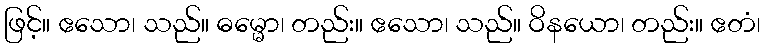
ဖြင့်။ ဧသော၊ သည်။ ဓမ္မော၊ တည်း။ ဧသော၊ သည်။ ဝိနယော၊ တည်း။ ဧတံ၊